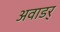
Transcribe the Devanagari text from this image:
अवाडर्